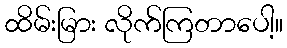
ထိမ်းမြား လိုက်ကြတာပေါ့။